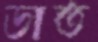
ডাত